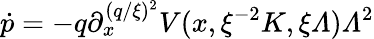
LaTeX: \dot{p}=-q{\textstyle\partial_{x}^{(q/\xi)^{2}}}V(x,\xi^{-2}K,\xi{\mit\Lambda}){\mit\Lambda}^{2}